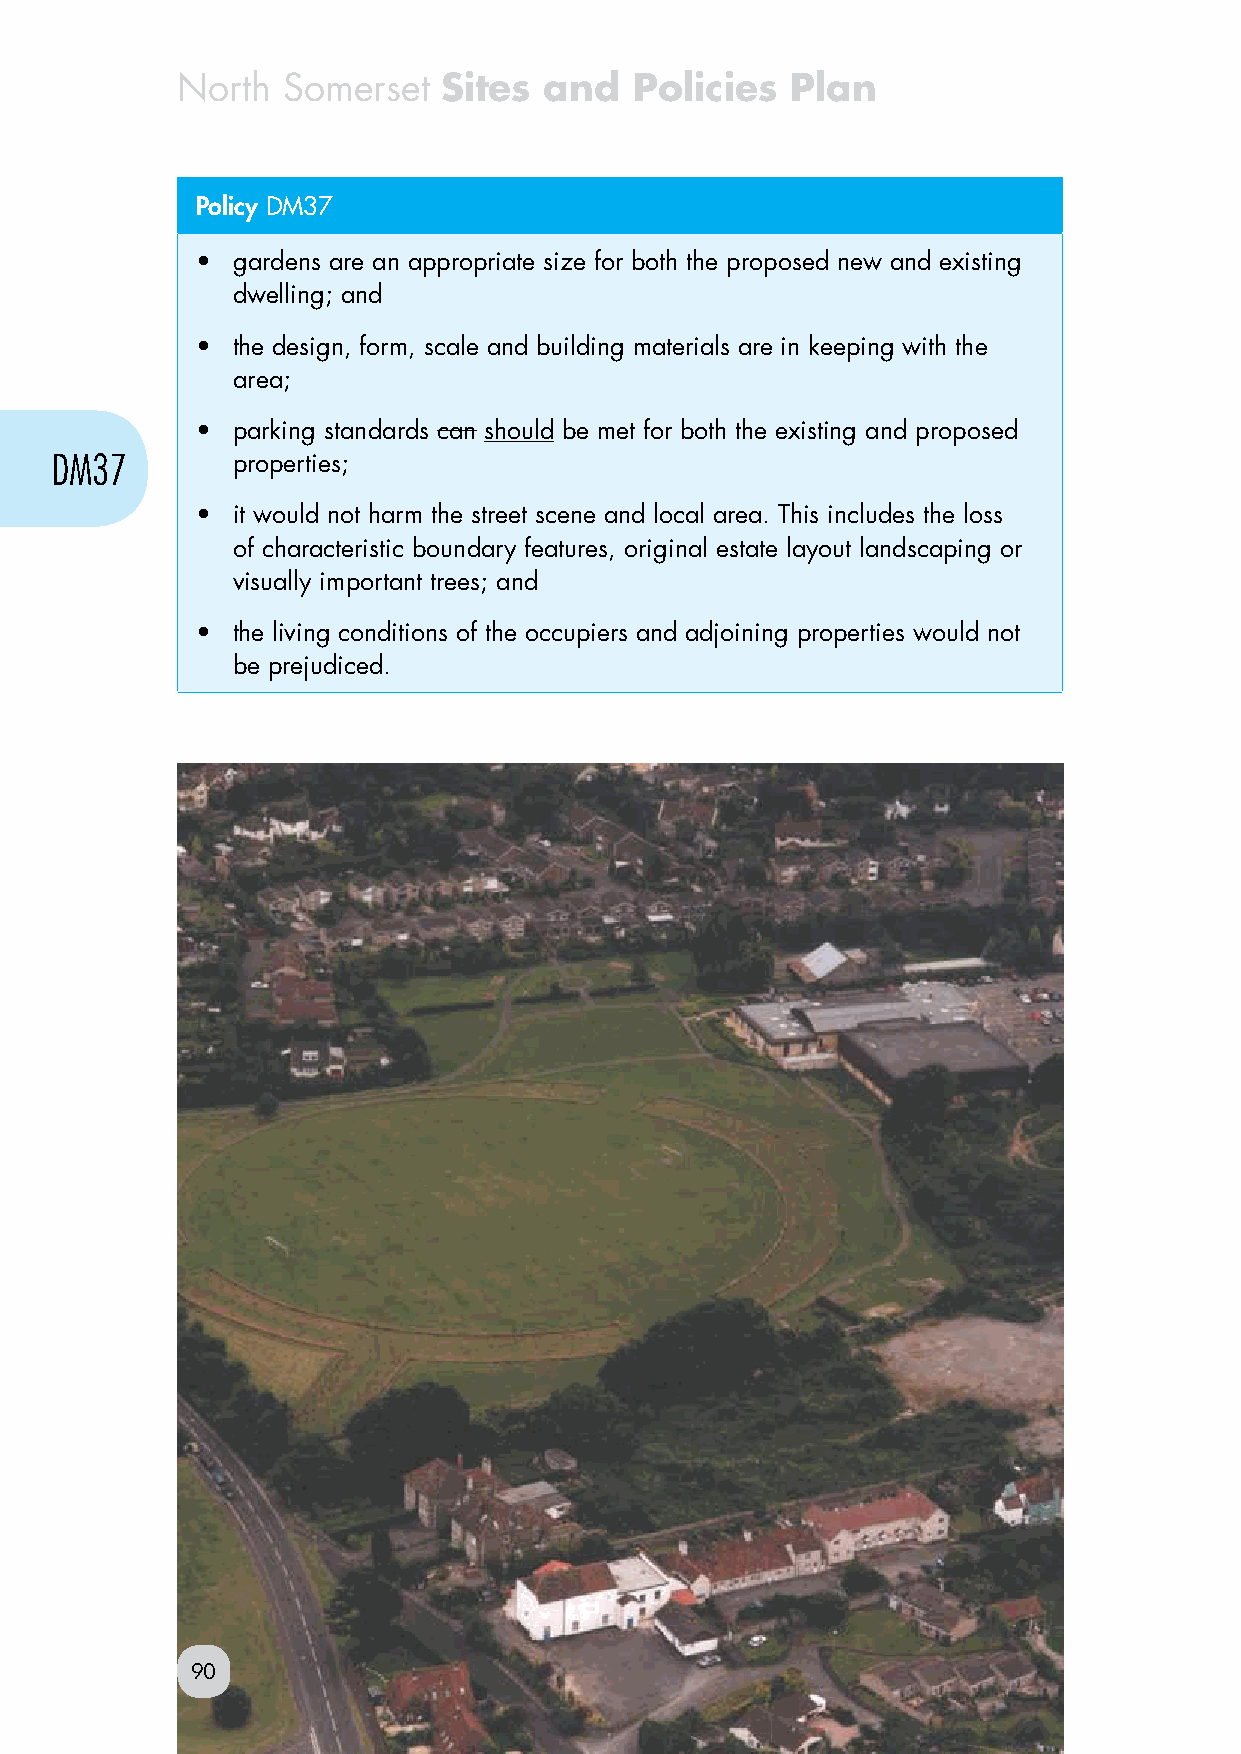
North  Somerset  Sites  and   Policies  Plan
 Policy DM37
 • gardens are an appropriate size for both the proposed new and existing
 dwelling; and
 • the design, form, scale and building materials are in keeping with the
 area;
 • parking standards can should be met for both the existing and proposed
 DM37        properties;
 • it would not harm the street scene and local area. This includes the loss
 of characteristic boundary features, original estate layout landscaping or
 visually important trees; and
 • the living conditions of the occupiers and adjoining properties would not
 be prejudiced.
 90